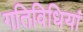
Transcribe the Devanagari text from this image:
गतिविधियां